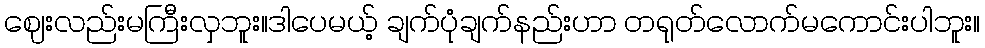
ဈေးလည်းမကြီးလှဘူး။ဒါပေမယ့် ချက်ပုံချက်နည်းဟာ တရုတ်လောက်မကောင်းပါဘူး။